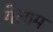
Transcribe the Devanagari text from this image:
गेलाम